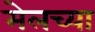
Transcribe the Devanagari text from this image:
मेलच्या